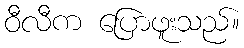
ဝီလီက ပြောဖူးသည်။